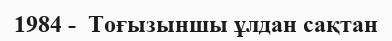
1984 -  Тоғызыншы ұлдан сақтан